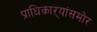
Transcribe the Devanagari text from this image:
प्राधिकाऱ्यांसमोर